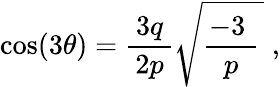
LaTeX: \cos(3\theta)={\frac{\, 3q\, }{2p}}{\sqrt{{\frac{-3\; }{p}}\, }}\; ,